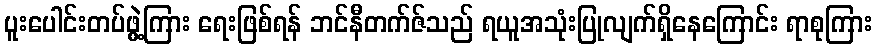
ပူးပေါင်းတပ်ဖွဲ့ကြား ရေးဖြစ်ရန် ဘင်နီတက်ဇ်သည် ရယူအသုံးပြုလျက်ရှိနေကြောင်း ရာစုကြား